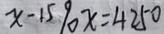
x - 1 5 9 0 x = 4 2 5 0